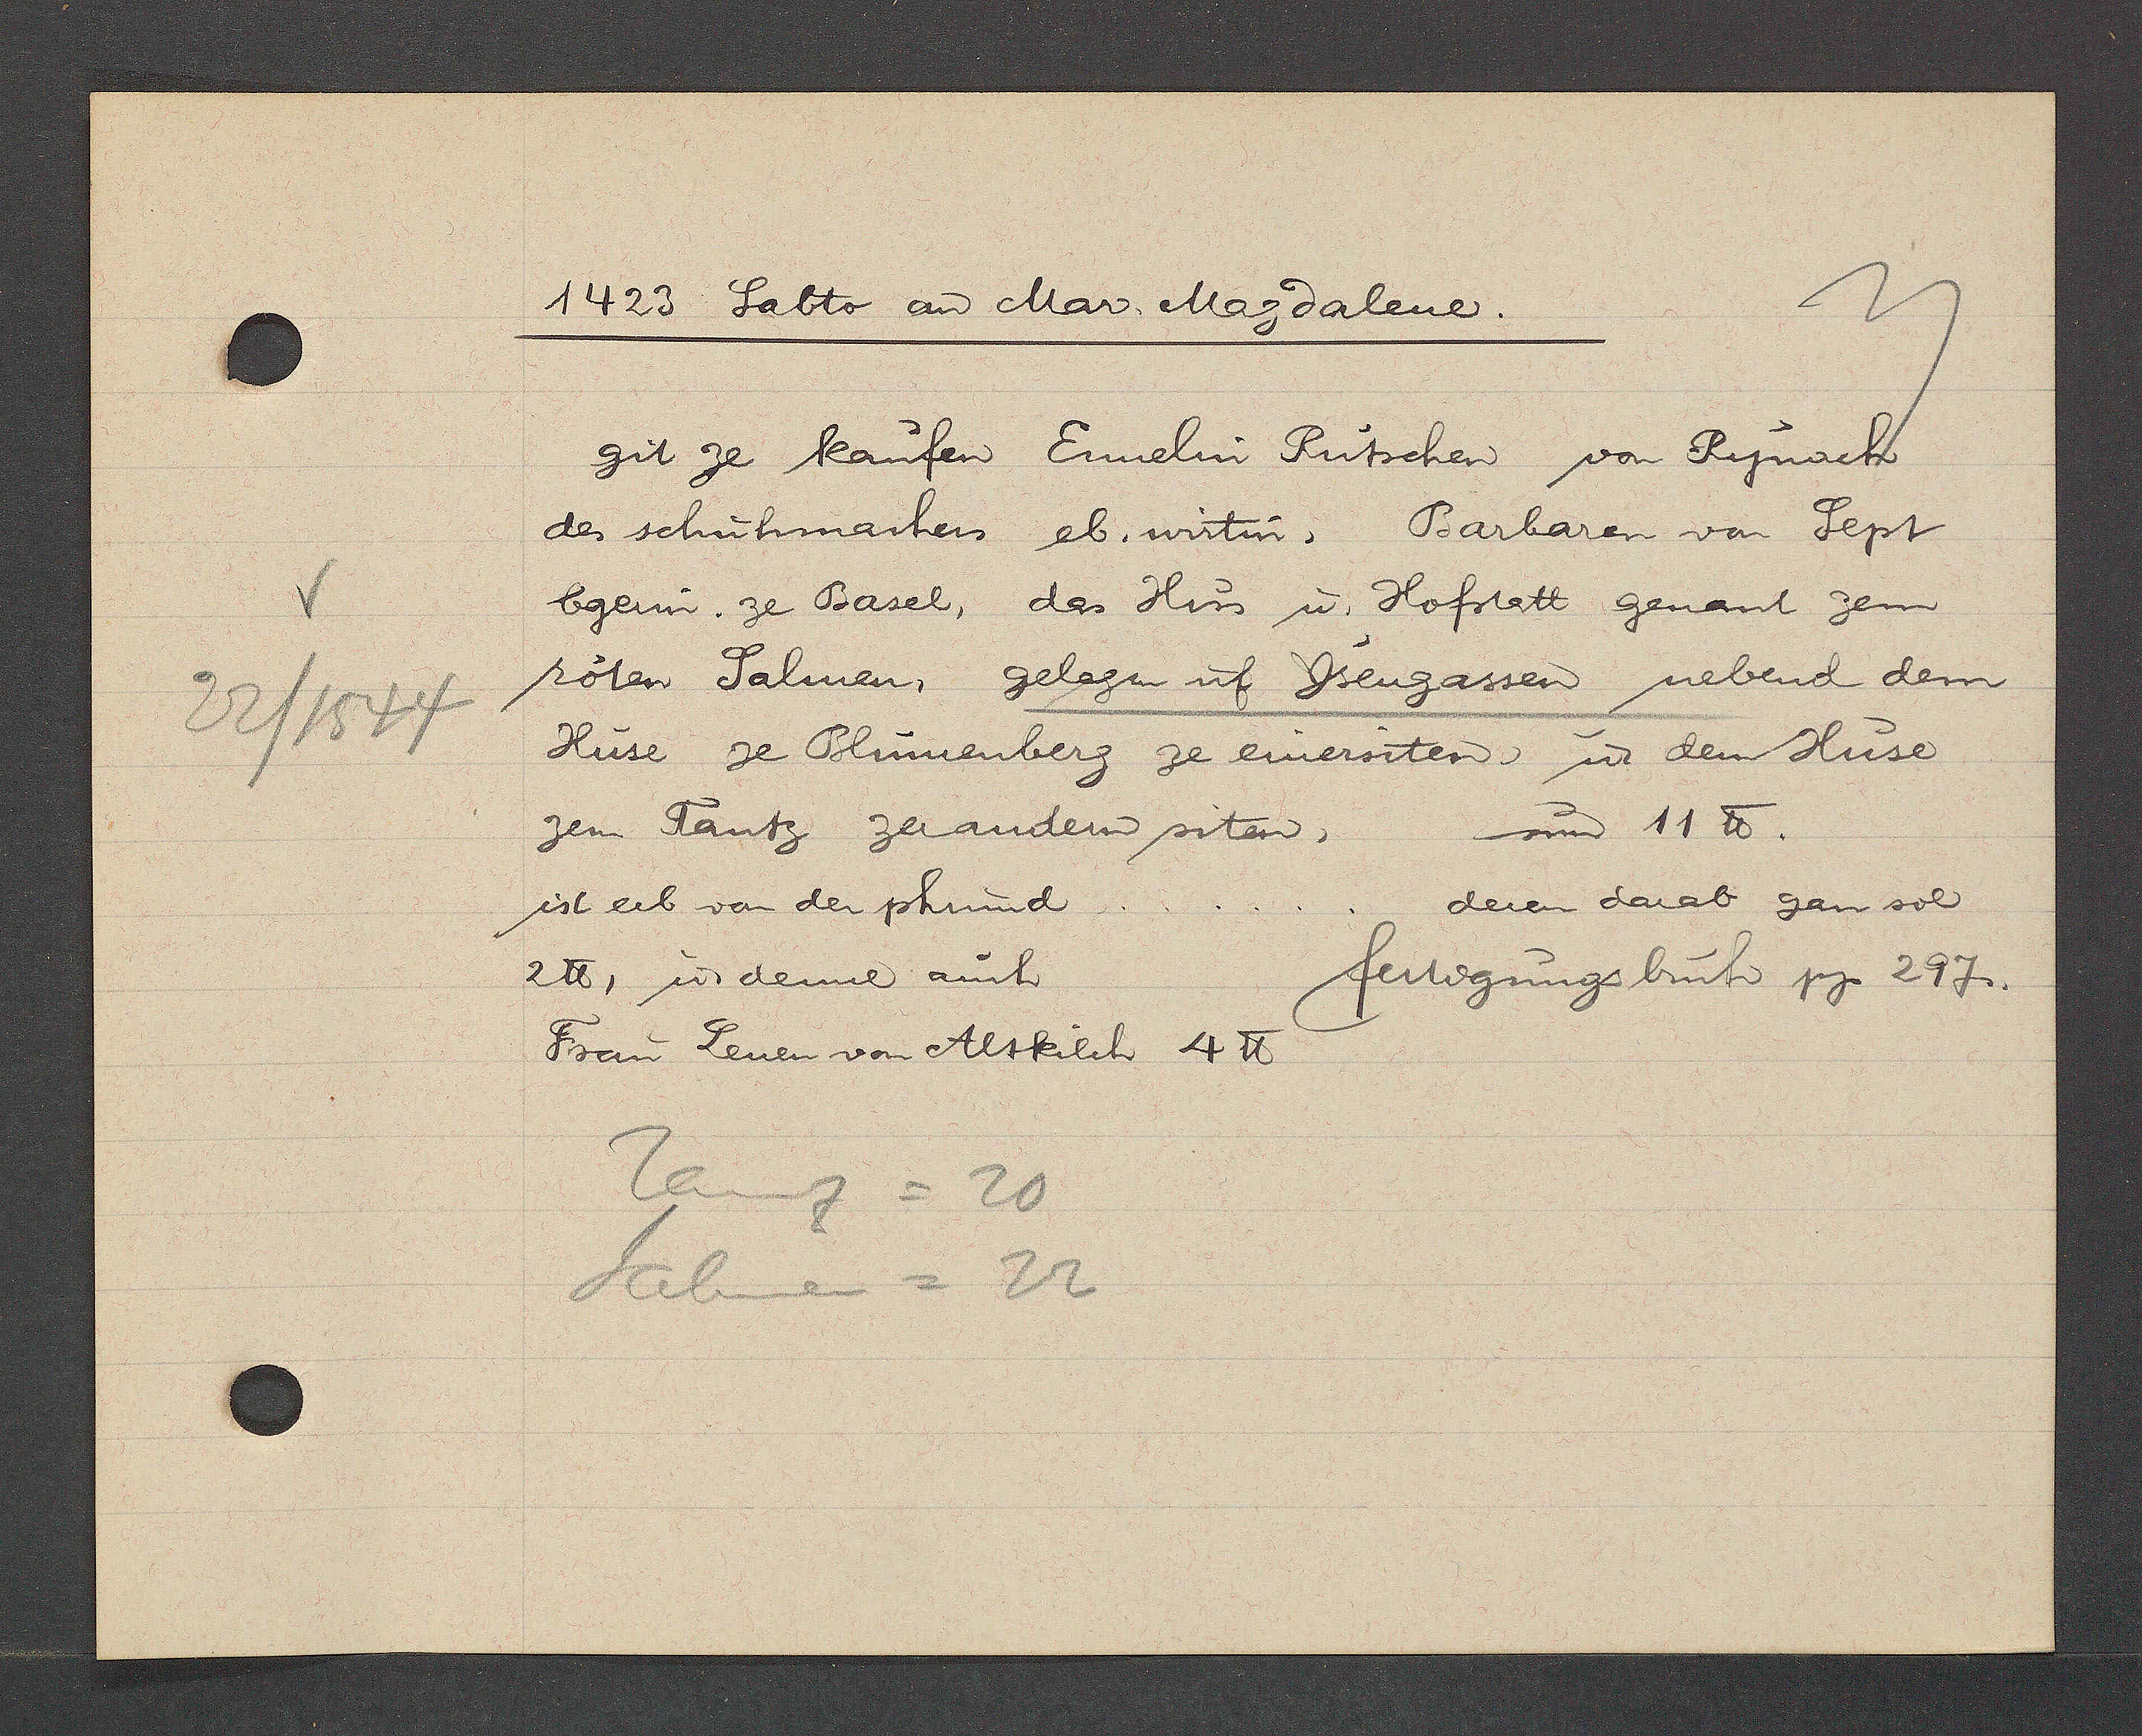
Transcript:
22/1544

1423 Sabto aȵ Mar. Magdalene.
git ze kaufen Ennelin Rutschen von Rynach
des schuhmachers eb. wirtin, Barbaren von Sept
bgerin. ze Basel, das Hus u. Hofstatt genant zem
röten Salmen, gelegen uf Ysengassen nebend dem
Huse ze Blumenberg ze einersiten, ư dem Huse
zem Tantz zer andern siten, um 11 ℔.
ist erb von der phrund . . . . . . deren darab gan sol
2 ℔, ư denne auch
fertigungsbuch pg. 297.
Frau Lenen von Altkilch 4 ℔
Tanz =20
Salmen = 22